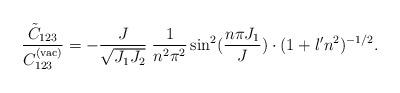
LaTeX: \begin{align*}\frac{ \tilde{C}_{123} }{ C^{(\rm vac)}_{123} }= - \frac{J}{\sqrt{J_1 J_2}} \;\frac{1}{n^2 \pi^2} \sin^2(\frac{n \pi J_1}{J}) \cdot (1 + \l'n^2)^{-1/2}.\end{align*}